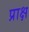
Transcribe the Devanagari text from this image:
प्राक्ष